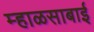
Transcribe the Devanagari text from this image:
म्हाळसाबाई